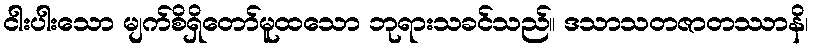
ငါးပါးသော မျက်စိရှိတော်မူထသော ဘုရားသခင်သည်။ ဒသာသတဇာတဿာနိ၊